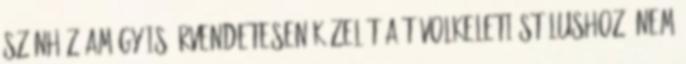
színház amúgy is örvendetesen közelít a távolkeleti stílushoz, nem